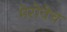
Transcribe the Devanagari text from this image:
मेरोवेच